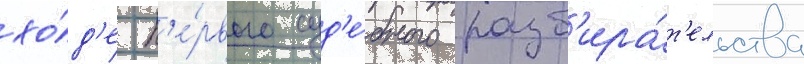
хо́д'е п'е́рвого суд'е́бного разб'ира́т'ельства